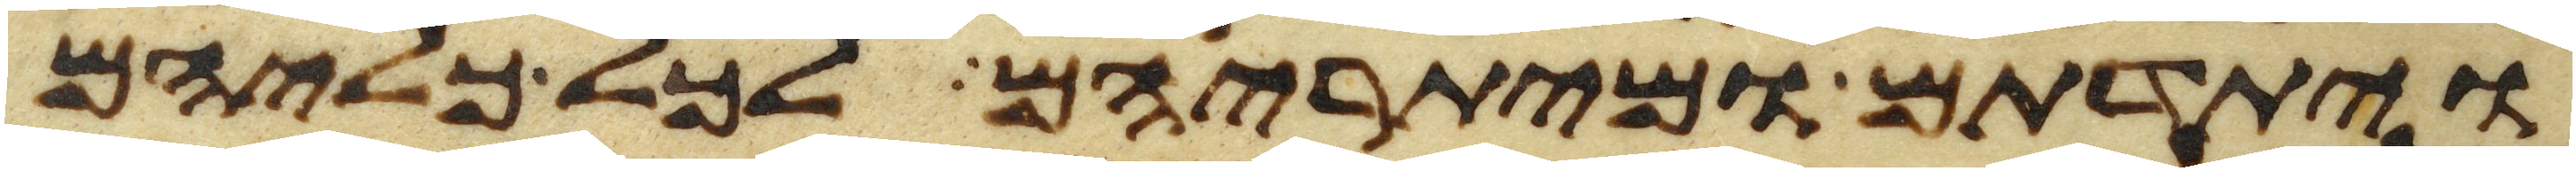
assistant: ויתדתם ומיתריהם לכל כליהם